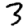
Digit: 3